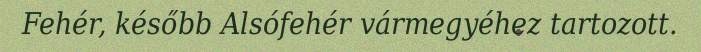
Fehér, később Alsófehér vármegyéhez tartozott.